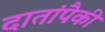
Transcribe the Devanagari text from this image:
दातांपैकी